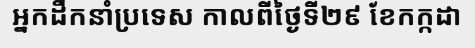
អ្នកដឹកនាំប្រទេស កាលពីថ្ងៃទី២៩ ខែកក្កដា